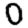
Digit: 0